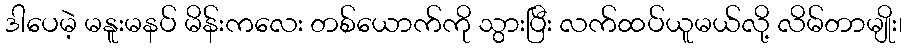
ဒါပေမဲ့ မနူးမနပ် မိန်းကလေး တစ်ယောက်ကို သွားပြီး လက်ထပ်ယူမယ်လို့ လိမ်တာမျိုး၊